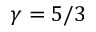
\gamma = 5 / 3